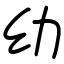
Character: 幼